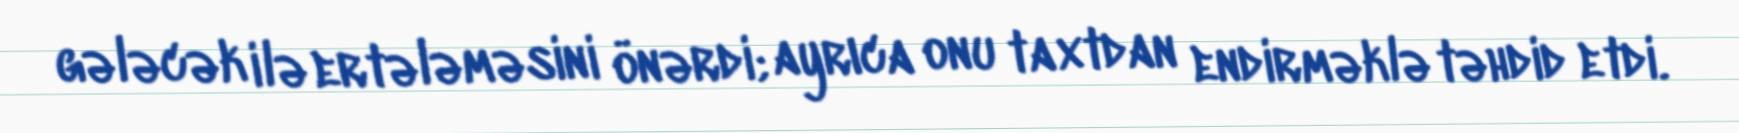
gələcək ilə ertələməsini önərdi; ayrıca onu taxtdan endirməklə təhdid etdi.